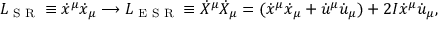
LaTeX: L _ { \textrm { S R } } \equiv \dot { x } ^ { \mu } \dot { x } _ { \mu } \longrightarrow L _ { \textrm { E S R } } \equiv \dot { X } ^ { \mu } \dot { X } _ { \mu } = ( \dot { x } ^ { \mu } \dot { x } _ { \mu } + \dot { u } ^ { \mu } \dot { u } _ { \mu } ) + 2 I \dot { x } ^ { \mu } \dot { u } _ { \mu } ,